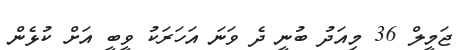
ޖަމީލް 36 މިއަދު ބުނީ ދެ ވަނަ އަހަރަކު ވީބީ އަށް ކުޅެން